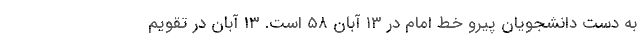
به دست دانشجویان پیرو خط امام در ۱۳ آبان ۵۸ است. ۱۳ آبان در تقویم